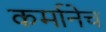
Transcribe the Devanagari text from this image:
कर्मानेच